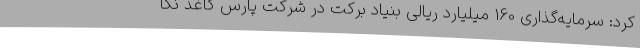
کرد: سرمایه‌گذاری 160 میلیارد ریالی بنیاد برکت در شرکت پارس کاغذ نکا